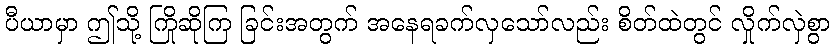
ပီယာမှာ ဤသို့ ကြိုဆိုကြ ခြင်းအတွက် အနေရခက်လှသော်လည်း စိတ်ထဲတွင် လှိုက်လှဲစွာ